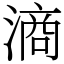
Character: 滳